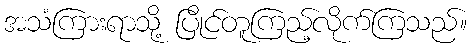
အသံကြားရာသို့ ပြိုင်တူကြည့်လိုက်ကြသည်။